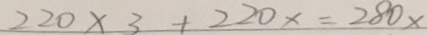
2 2 0 \times 3 + 2 2 0 x = 2 8 0 x